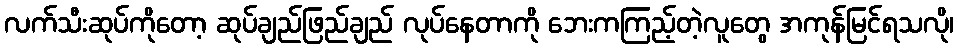
လက်သီးဆုပ်ကိုတော့ ဆုပ်ချည်ဖြည်ချည် လုပ်နေတာကို ဘေးကကြည့်တဲ့လူတွေ အကုန်မြင်ရသလို၊